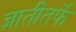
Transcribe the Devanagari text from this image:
ज्ञातीतर्फे